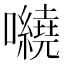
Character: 𡅍